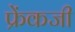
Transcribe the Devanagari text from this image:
फ्रेंकजी